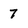
Character: 7